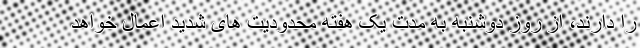
را دارند، از روز دوشنبه به مدت یک هفته محدودیت های شدید اعمال خواهد